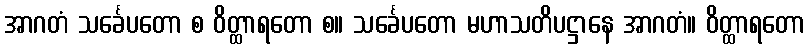
အာဂတံ သင်္ခေပတော စ ဝိတ္ထာရတော စ။ သင်္ခေပတော မဟာသတိပဋ္ဌာနေ အာဂတံ။ ဝိတ္ထာရတော